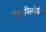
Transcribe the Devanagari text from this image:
मॅक्रॉपिस्थोडॉन